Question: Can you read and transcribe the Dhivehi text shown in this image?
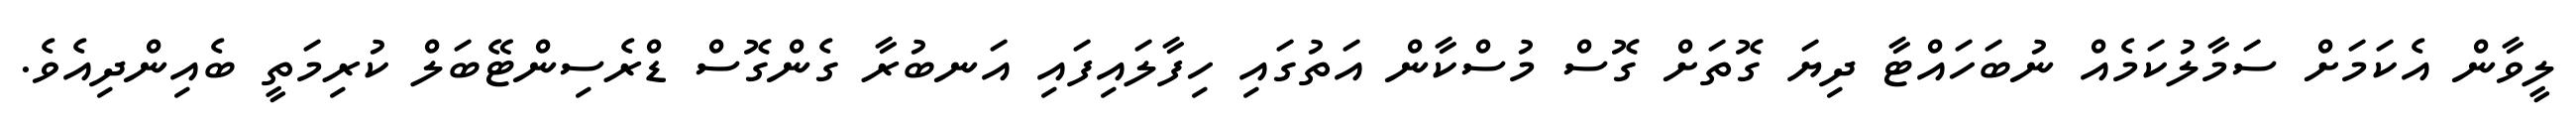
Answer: ލީވާން އެކަމަށް ސަމާލުކަމެއް ނުބަހައްޓާ ދިޔަ ގޮތަށް ގޮސް މުސްކާން އަތުގައި ހިފާލައިފައި އަނބުރާ ގެންގޮސް ޑްރެސިންޓޭބަލް ކުރިމަތީ ބެއިންދިއެވެ.